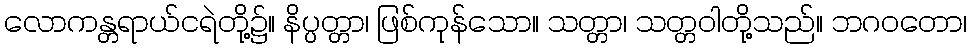
လောကန္တရာယ်ငရဲတို့၌။ နိပ္ပတ္တာ၊ ဖြစ်ကုန်သော။ သတ္တာ၊ သတ္တဝါတို့သည်။ ဘဂဝတော၊